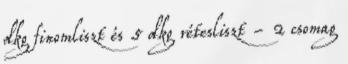
dkg finomliszt és 5 dkg rétesliszt - 2 csomag